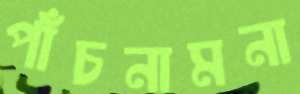
পাঁচনামনা